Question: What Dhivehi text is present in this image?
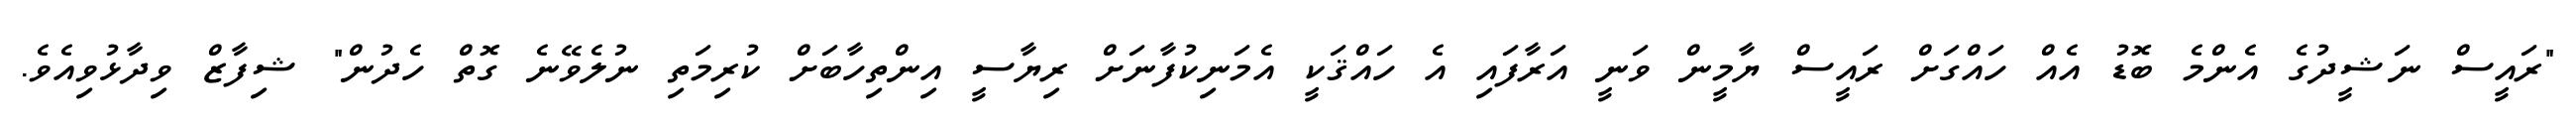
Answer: "ރައީސް ނަޝީދުގެ އެންމެ ބޮޑު އެއް ހައްގަށް ރައީސް ޔާމީން ވަނީ އަރާފައި އެ ހައްޤަކީ އެމަނިކުފާނަށް ރިޔާސީ އިންތިހާބަށް ކުރިމަތި ނުލެވޭނެ ގޮތް ހެދުން" ޝިފާޒް ވިދާޅުވިއެވެ.